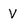
Character: v